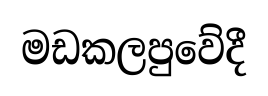
මඩකලපුවේදී